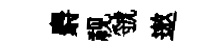
麝视虢遨